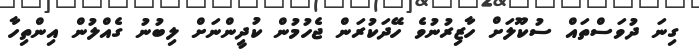
ގިނަ ދުވަސްތައް ސުކޫލަށް ހާޒިރުނުވެ ހޭދަކުރަަން ޖެހުމުން ކުދީންނަށް ލިބުނު ގެއްލުން އިންތިހާ